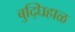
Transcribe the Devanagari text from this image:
बुद्घिहाळ